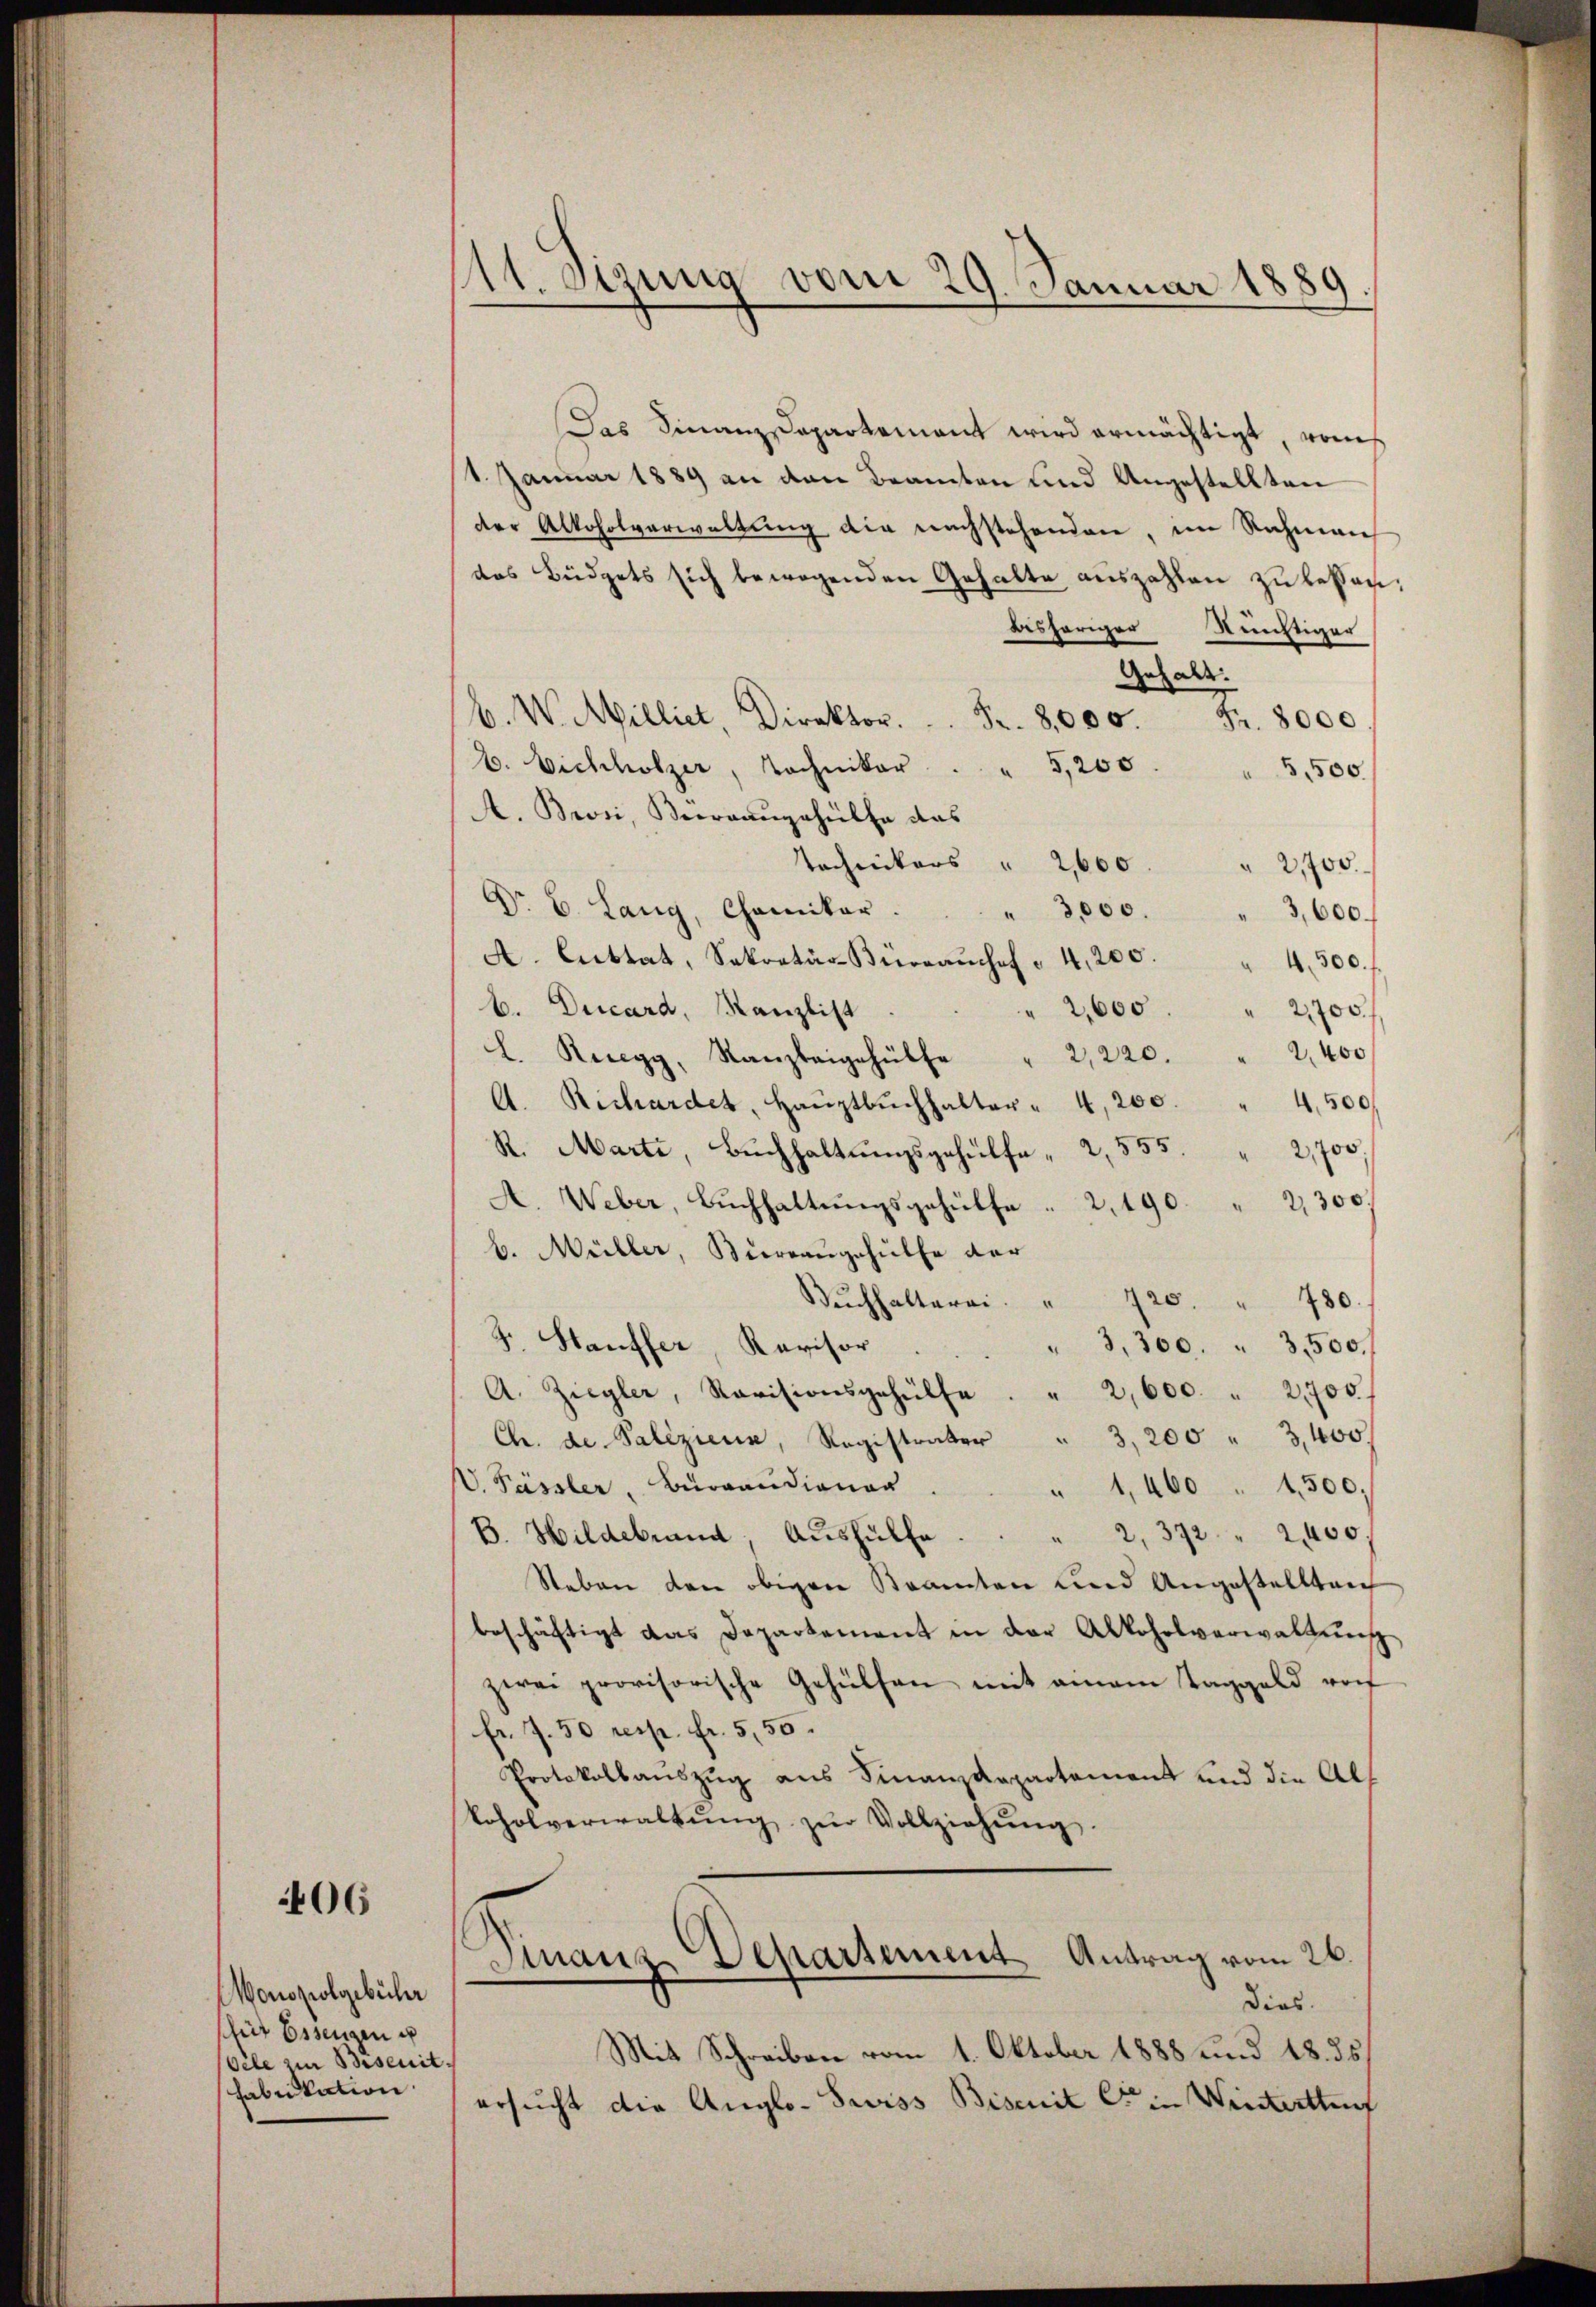
06

Monopolgebühr
sheit Essengen u
Oele zur Beseithabitation

11. Sizung vom 29. Januar 1889

Das Finanz-Dapartement wird ermächtigt, vom
1. Januar 1889 an den Beamten und Angestellten
der Alkoholverwaltung die nachstehenden, im Rahmen
das Büdgets sich bewegenden Gehalte auszahlen zu bessen:
bisheriger Richtiger
Gehalt.
b. W. Milliet, Direktor.  ..  Fr. 8,000. Fr. 8000.
b. Eichholzer, Tochnikar
" 5,200
5,500.
A. Brosi, Verraangehülfe das
Technikers " 2,600
" 2,700
Dr. B. Lany, Chemiker.
" 3,000. " 3,600.
A. Cuttat, Sekretär-Büreaŭchef " 4,200. " 4,500.
b. Decard, Kanzlist
" 2,600 " 2,700.
2,400
l. Recegy, Kanzleigehülfe " 2,220.
A. Richardet, Haŭptbŭchhalter - 4,200. " 4,500.
R. Marti, Bŭchhaltŭngsgehülfe " 2,535.  "  2,700
A. Weber, Bŭchhaltŭngsgehülfe . 2, 190. " 2300.
b. Müller, Bureaugehülfe der
Bŭchhalterei. " 720. " 780.
F. Hauffer, Revisor
" 3,300. " 3500.
A. Ziegler, Ravisionsgehülfe. " 2,600 " 2,700
Ch. de Palizieren, Registrater " 3,200 " 3,400
VV. Pässler, Burgundionar
" 1,400 " 1500,
B. Hildebrand, Aushülfe . . 2, 372 " 2400.
Steben den obigen Staaten und Angestellten
beschäftigt das Departement in der Alkoholverwaltŭng
zwei provisorische Gehülfen mit einem Taggeld vor
fr. 7. 50 resp. fr. 555.
Protokollauszug aus Finanzdepartement und die Alkoholverwaltŭng zŭr Vollziehŭng.

Finanz-Departement Antrag vom 26.
Dias.

Mit Schreiben vom 1. Oktober 1888 und 18. 35
ersucht die Anglo- Swiss Bisenit C in Winterthurf